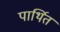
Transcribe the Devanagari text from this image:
पार्थित